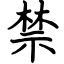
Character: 禁